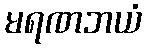
မရဏဘယံ